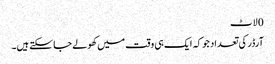
0 لاٹ
آرڈر کی تعداد جو کہ ایک ہی وقت میں کھولے جا سکتے ہیں۔